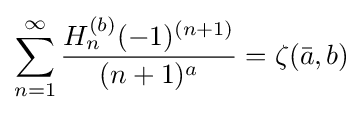
\sum _{n=1}^{\infty }{\frac {H_{n}^{(b)}(-1)^{(n+1)}}{(n+1)^{a}}}=\zeta ({\bar {a}},b)